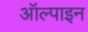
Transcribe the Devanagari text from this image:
ऑल्पाइन